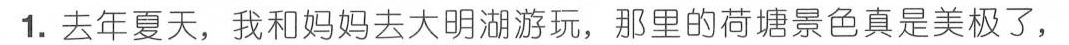
1.去年夏天，我和妈妈去大明湖游玩，那里的荷塘景色真是美极了，